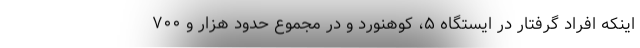
اینکه افراد گرفتار در ایستگاه ۵، کوهنورد و در مجموع حدود هزار و ۷۰۰